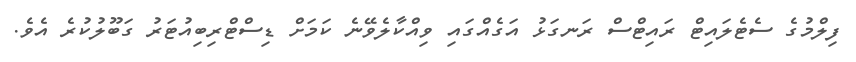
ފިލްމުގެ ސެޓެލައިޓް ރައިޓްސް ރަނގަޅު އަގެއްގައި ވިއްކާލެވޭނެ ކަމަށް ޑިސްޓްރިބިއުޓަރު ގަބޫލުކުރެ އެވެ.